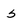
Character: s